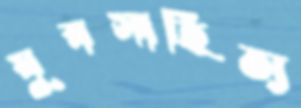
যুবসাহিত্য